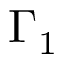
\Gamma _ { 1 }